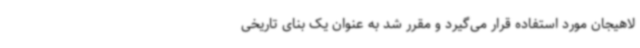
لاهیجان مورد استفاده قرار می‌گیرد و مقرر شد به عنوان یک بنای تاریخی